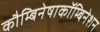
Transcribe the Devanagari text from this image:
कौम्बिनेषाकॉम्बिनेशन